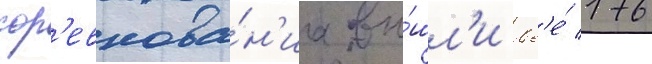
сор'евнова́н'иа вы́шл'и вс'е́ 176